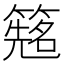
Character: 𬕰